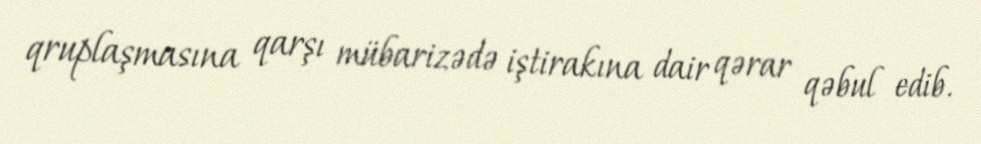
qruplaşmasına qarşı mübarizədə iştirakına dair qərar qəbul edib.